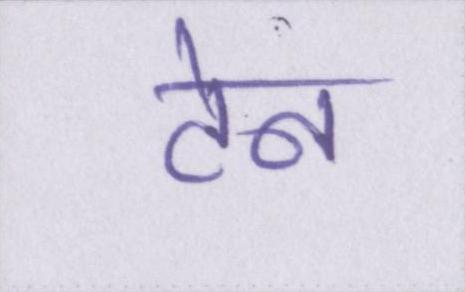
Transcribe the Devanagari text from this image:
टेन